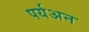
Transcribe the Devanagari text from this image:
पर्यअन